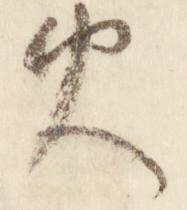
火